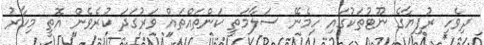
ދިވެހި ރުފިޔާގެ ނޫޓުތަކުގައި ހިމެނޭ ސަލާމަތީ ކަންތައްތައް ވަރުގަދަ ކުރެވެން އޮތީ މިހާރު